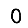
Digit: 0